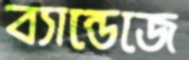
ব্যান্ডেজে